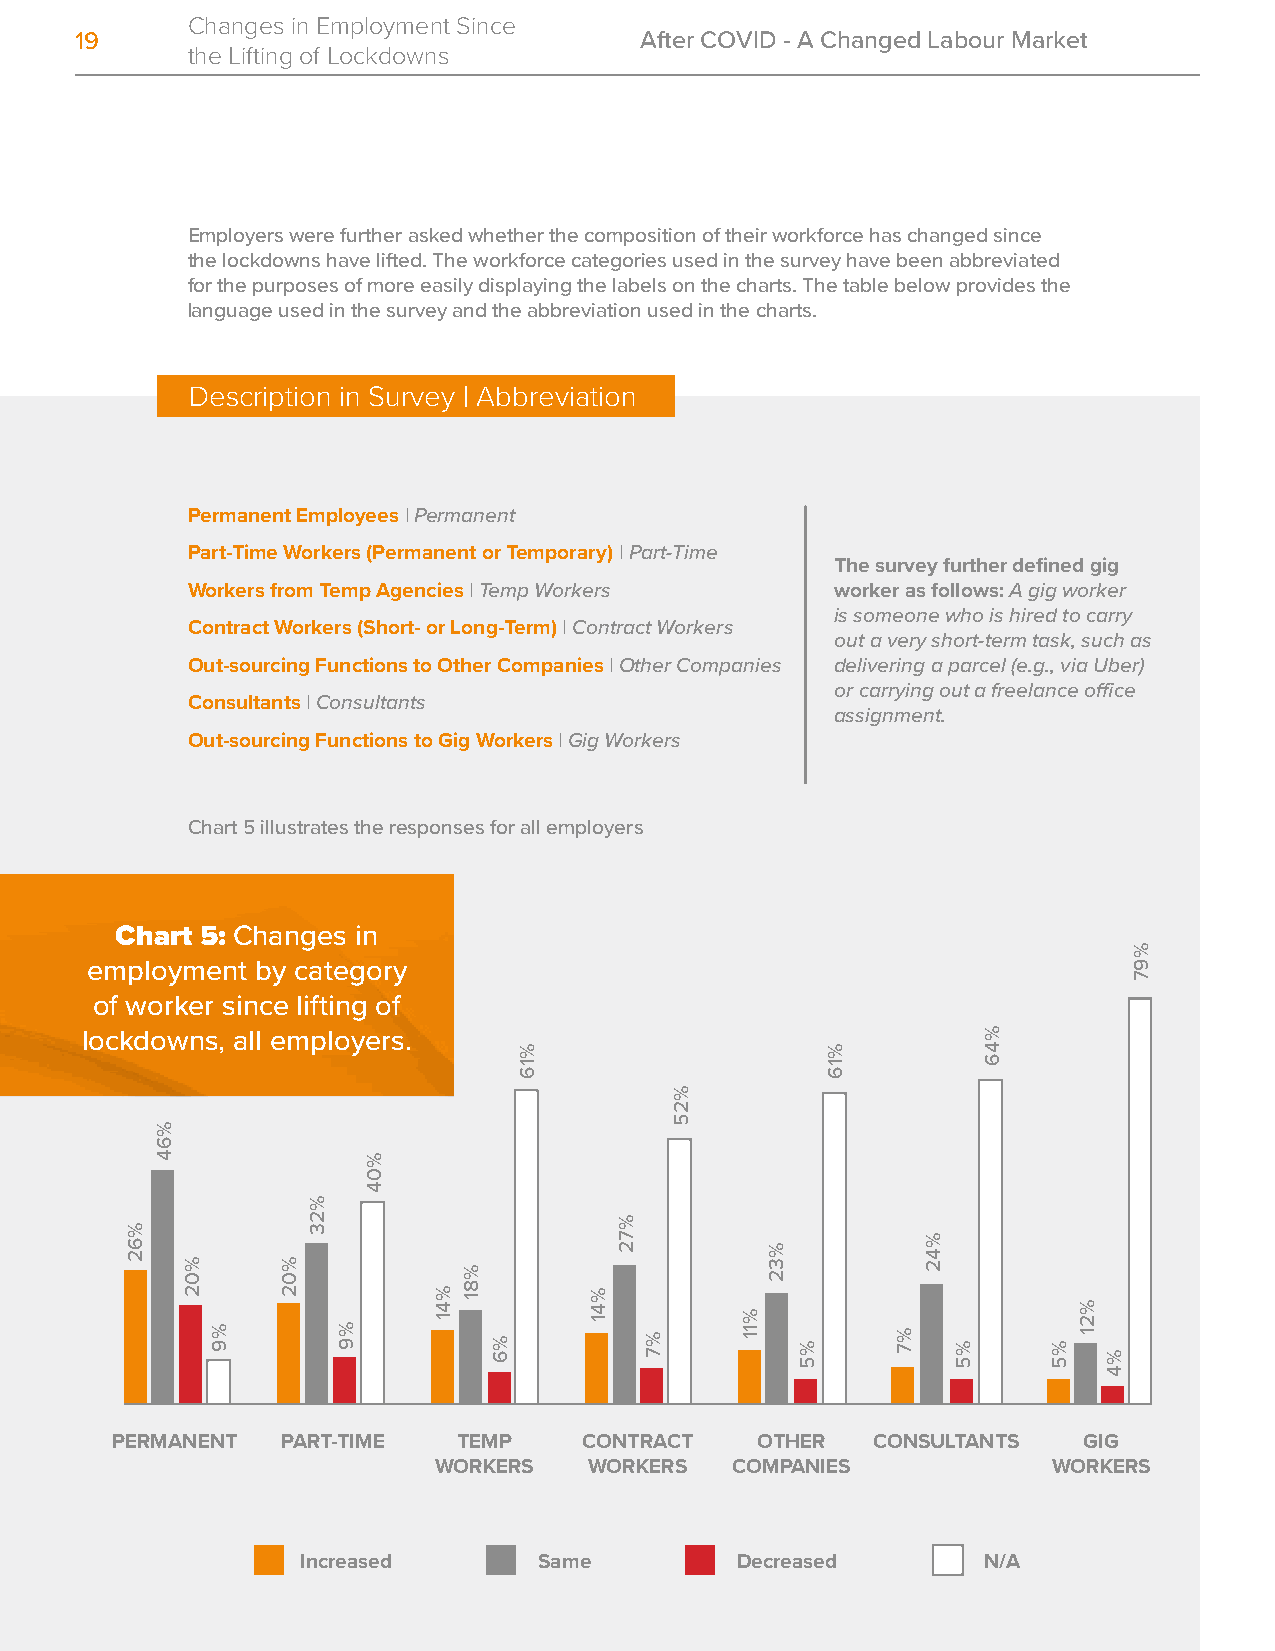
Changes in Employment Since
 19                                   After COVID - A Changed Labour Market
 the Lifting of Lockdowns
 Employers were further asked whether the composition of their workforce has changed since
 the lockdowns have lifted. The workforce categories used in the survey have been abbreviated
 for the purposes of more easily displaying the labels on the charts. The table below provides the
 language used in the survey and the abbreviation used in the charts.
 Description in Survey | Abbreviation
 Permanent Employees | Permanent
 Part-Time Workers (Permanent or Temporary) | Part-Time
 The survey further defined gig
 Workers from Temp Agencies | Temp Workers  worker as follows: A gig worker
 is someone who is hired to carry
 Contract Workers (Short- or Long-Term) | Contract Workers
 out a very short-term task, such as
 Out-sourcing Functions to Other Companies | Other Companies delivering a parcel (e.g., via Uber)
 or carrying out a freelance office
 Consultants | Consultants
 assignment.
 Out-sourcing Functions to Gig Workers | Gig Workers
 Chart 5 illustrates the responses for all employers
 Chart 5: Changes in
 employment by category
 of worker since lifting of
 lockdowns, all employers.
 PERMANENT   PART-TIME  TEMP     CONTRACT   OTHER   CONSULTANTS   GIG
 WORKERS   WORKERS  COMPANIES             WORKERS
 Increased       Same         Decreased       N/A
 %62
 %64
 %02
 %9
 %02
 %23
 %9
 %04
 %41
 %81
 %6
 %16
 %41
 %72
 %7
 %25
 %11
 %32
 %5
 %16
 %7
 %42
 %5
 %46
 %5
 %21
 %4
 %97